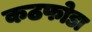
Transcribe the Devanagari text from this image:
कठफोडा